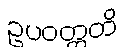
ဥပဝတ္တတိ